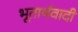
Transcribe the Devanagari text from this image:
भूतार्थवादी